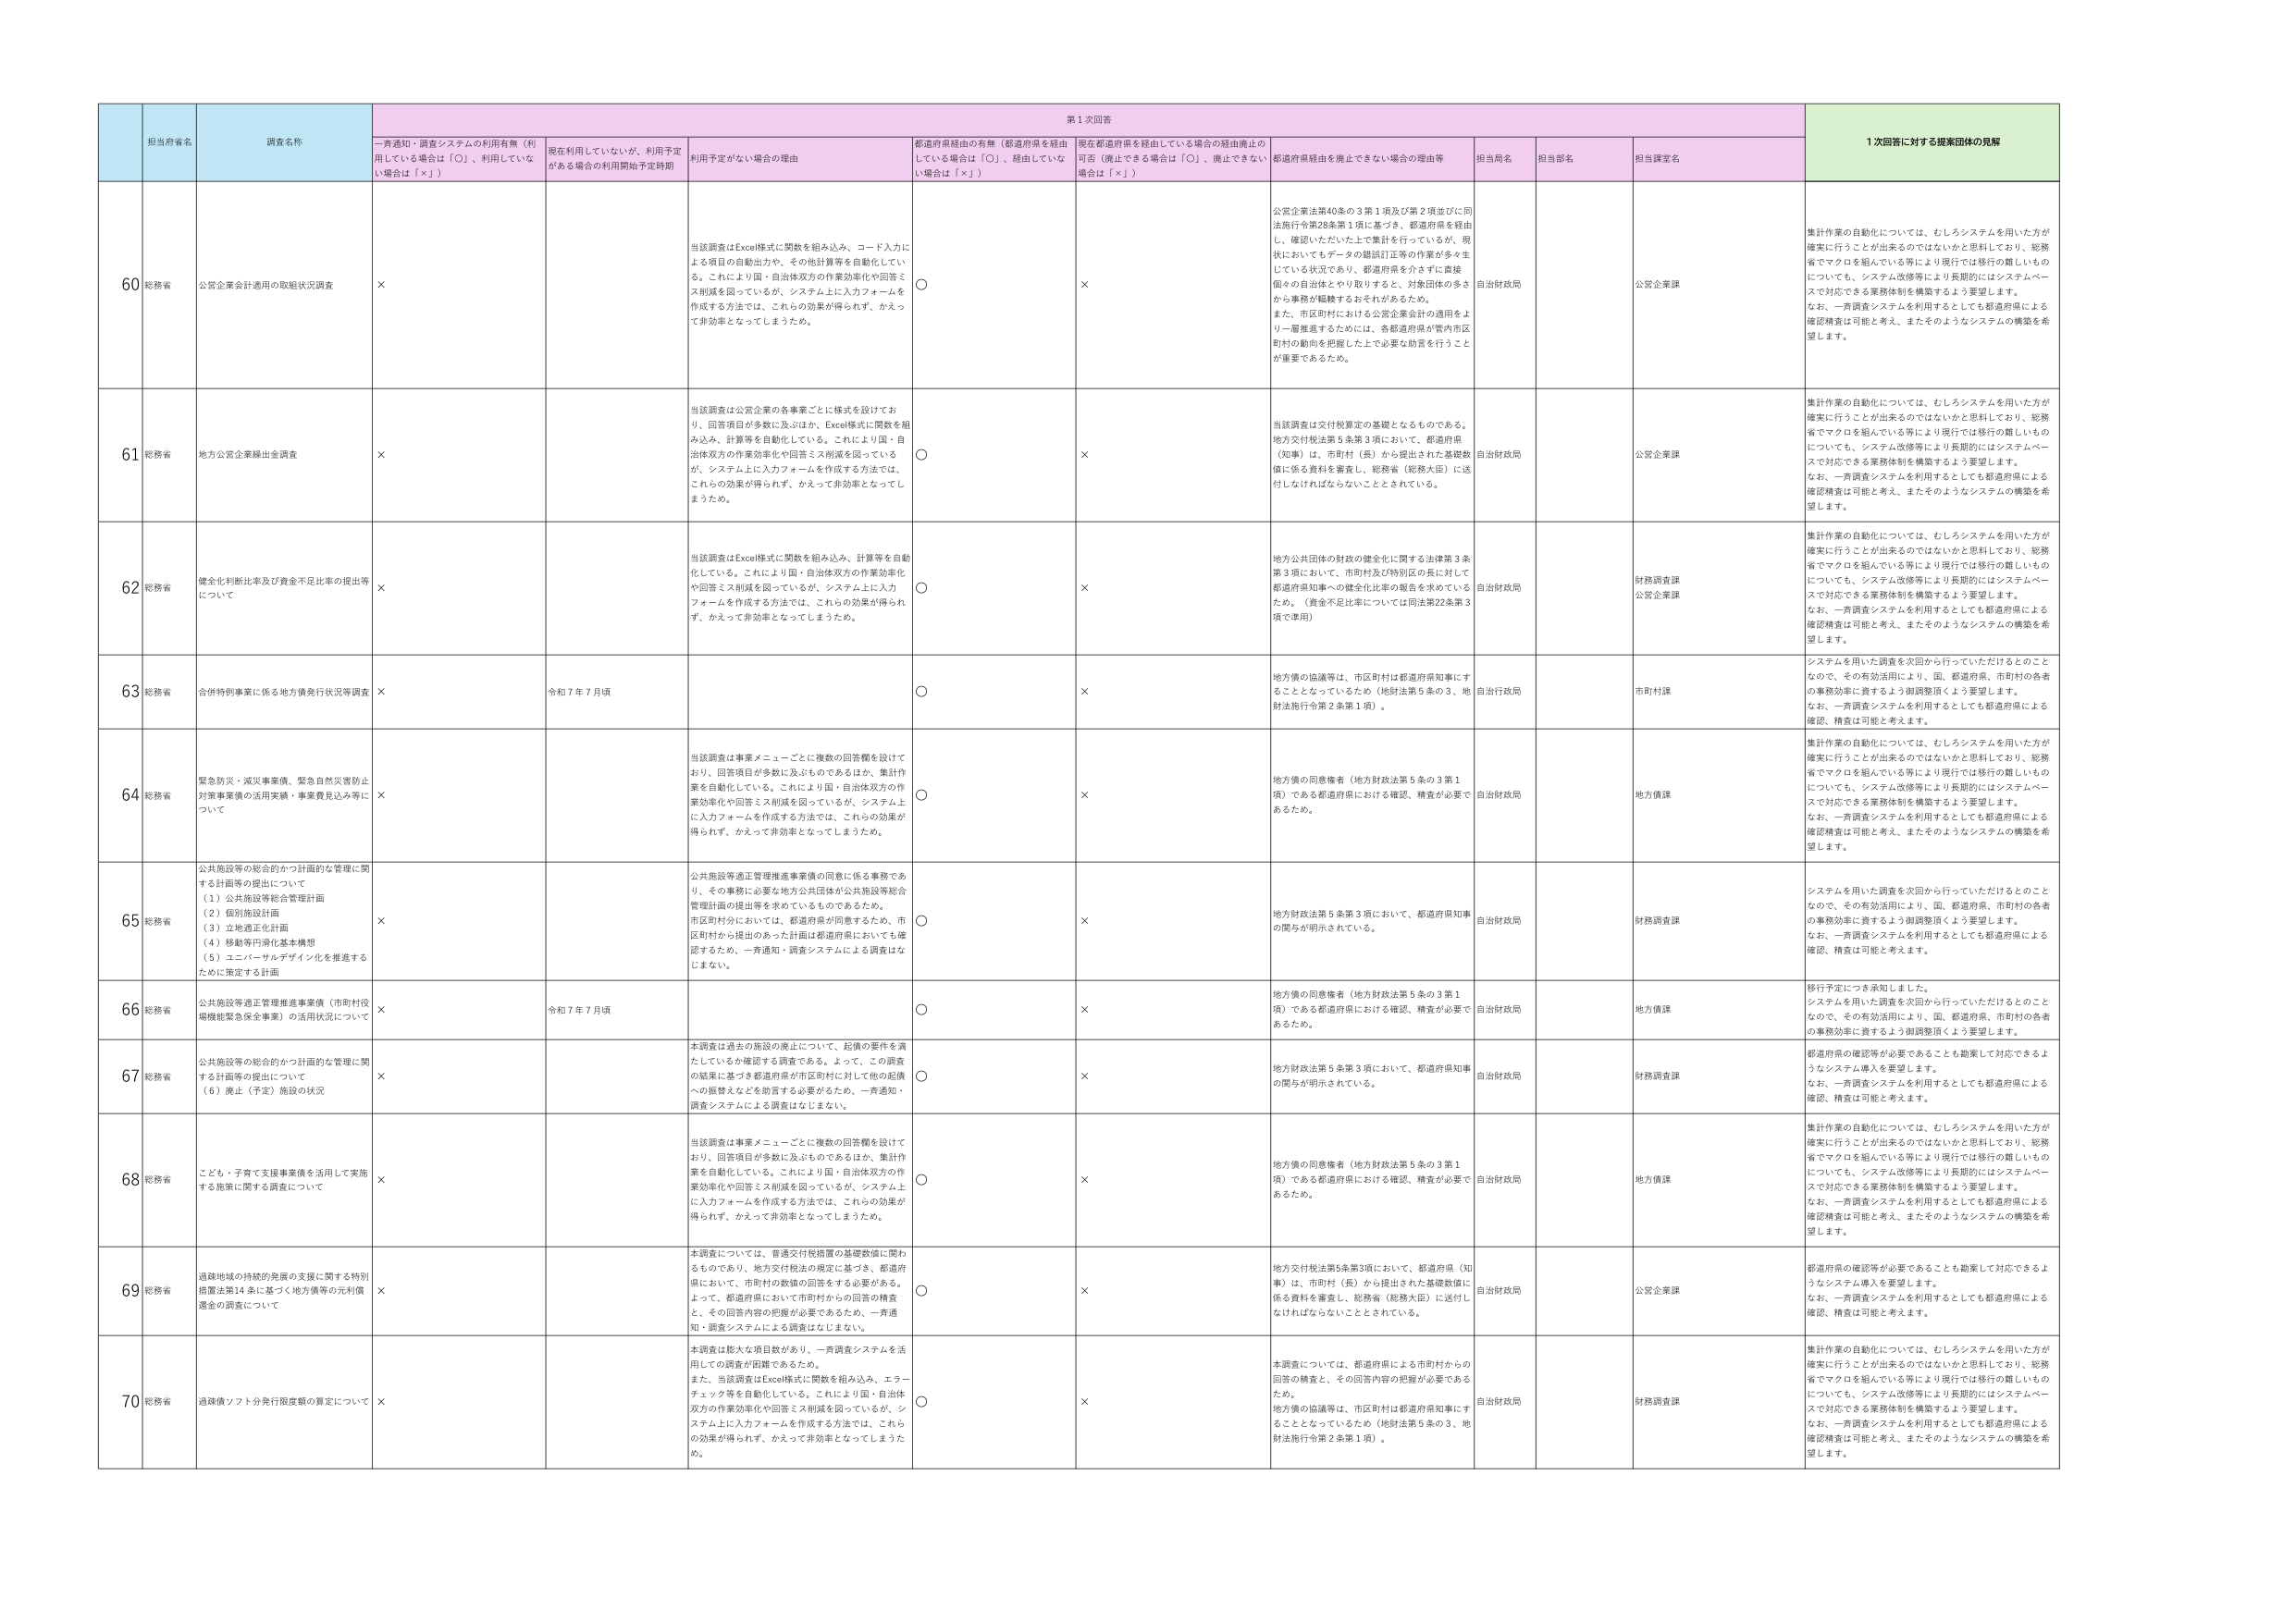
第1次回答
1次回答に対する提案団体の見解

担当府省名
調査名称
一斉通知・調査システムの利用有無（利用している場合は「〇」、利用していない場合は「×」）
現在利用していないが、利用予定がある場合の利用開始予定時期
利用予定がない場合の理由
都道府県経由の有無（都道府県を経由している場合は「〇」、経由していない場合は「×」）
現在都道府県を経由している場合の経由廃止の可否（廃止できる場合は「〇」、廃止できない場合は「×」）
都道府県経由を廃止できない場合の理由等
担当局名
担当部名
担当課室名

60
総務省
公営企業会計適用の取組状況調査
×
当該調査はExcel様式に関数を組み込み、コード入力による項目の自動出力や、その他計算等を自動化している。これにより国・自治体双方の作業効率化や回答ミス削減を図っているが、システム上に入力フォームを作成する方法では、これらの効果が得られず、かえって非効率となってしまうため。
〇
×
公営企業法第40条の3第1項及び第2項並びに同法施行令第28条第1項に基づき、都道府県を経由し、確認いただいた上で集計を行っているが、現状においてもデータの錯誤訂正等の作業が多々生じている状況であり、都道府県を介さずに直接個々の自治体とやり取りする、対象団体の多さから事務が軽減するおそれがあるため。また、市区町村における公営企業会計の適用をより一層推進するためには、各都道府県が管内市区町村の動向を把握した上で必要な助言を行うことが重要であるため。
自治財政局
公営企業課
集計作業の自動化については、むしろシステムを用いた方が確実に行うことが出来るのではないかと思料しており、総務省でマクロを組んでいる等により現行では移行の難しいものについても、システム改修等により長期的にはシステムベースで対応できる業務体制を構築するよう要望します。なお、一斉調査システムを利用するとしても都道府県による確認精査は可能と考え、またそのようなシステムの構築を希望します。

61
総務省
地方公営企業繰出金調査
×
当該調査は公営企業の各事業ごとに様式を設けており、回答項目が多数に及ぶほか、Excel様式に関数を組み込み、計算等を自動化している。これにより国・自治体双方の作業効率化や回答ミス削減を図っているが、システム上に入力フォームを作成する方法では、これらの効果が得られず、かえって非効率となってしまうため。
〇
×
当該調査は交付税算定の基礎となるものである。地方交付税法第5条第3項において、都道府県（知事）は、市町村（長）から提出された基礎数値に係る資料を審査し、総務省（総務大臣）に送付しなければならないこととされている。
自治財政局
公営企業課
集計作業の自動化については、むしろシステムを用いた方が確実に行うことが出来るのではないかと思料しており、総務省でマクロを組んでいる等により現行では移行の難しいものについても、システム改修等により長期的にはシステムベースで対応できる業務体制を構築するよう要望します。なお、一斉調査システムを利用するとしても都道府県による確認精査は可能と考え、またそのようなシステムの構築を希望します。

62
総務省
健全化判断比率及び資金不足比率の提出等について
×
当該調査はExcel様式に関数を組み込み、計算等を自動化している。これにより国・自治体双方の作業効率化や回答ミス削減を図っているが、システム上に入力フォームを作成する方法では、これらの効果が得られず、かえって非効率となってしまうため。
〇
×
地方公共団体の財政の健全化に関する法律第3条第3項において、市町村及び特別区の長に対して都道府県知事への健全化比率の報告を求めているため。（資金不足比率については同法第22条第3項で準用）
自治財政局
財務調査課
公営企業課
集計作業の自動化については、むしろシステムを用いた方が確実に行うことが出来るのではないかと思料しており、総務省でマクロを組んでいる等により現行では移行の難しいものについても、システム改修等により長期的にはシステムベースで対応できる業務体制を構築するよう要望します。なお、一斉調査システムを利用するとしても都道府県による確認精査は可能と考え、またそのようなシステムの構築を希望します。

63
総務省
合併特例事業に係る地方債発行状況等調査
×
令和7年7月頃
〇
×
地方債の協議等は、市区町村は都道府県知事にすることとなっているため（地財法第5条の3、地財法施行令第2条第1項）。
自治行政局
市町村課
システムを用いた調査を次回から行っていただけるとのことなので、その有効活用により、国、都道府県、市町村の各者の事務効率に資するよう御調整頂くよう要望します。なお、一斉調査システムを利用するとしても都道府県による確認、精査は可能と考えます。

64
総務省
緊急防災・減災事業債、緊急自然災害防止対策事業債の活用実績・事業費見込み等について
×
当該調査は事業メニューごとに複数の回答欄を設けており、回答項目が多数に及ぶものであるほか、集計作業を自動化している。これにより国・自治体双方の作業効率化や回答ミス削減を図っているが、システム上に入力フォームを作成する方法では、これらの効果が得られず、かえって非効率となってしまうため。
〇
×
地方債の同意権者（地方財政法第5条の3第1項）である都道府県における確認、精査が必要であるため。
自治財政局
地方債課
集計作業の自動化については、むしろシステムを用いた方が確実に行うことが出来るのではないかと思料しており、総務省でマクロを組んでいる等により現行では移行の難しいものについても、システム改修等により長期的にはシステムベースで対応できる業務体制を構築するよう要望します。なお、一斉調査システムを利用するとしても都道府県による確認精査は可能と考え、またそのようなシステムの構築を希望します。

65
総務省
公共施設等の総合的かつ計画的な管理に関する計画等の提出について
（1）公共施設等総合管理計画
（2）個別施設計画
（3）立地適正化計画
（4）移転等円滑化基本構想
（5）ユニバーサルデザイン化を推進するために策定する計画
×
公共施設等適正管理推進事業債の同意に係る事務であり、その事務に必要な地方公共団体が公共施設等総合管理計画の提出等を求めているものであるため。市区町村分においては、都道府県が同意するため、市区町村から提出のあった計画は都道府県においても確認するため、一斉通知・調査システムによる調査はなじまない。
〇
×
地方財政法第5条第3項において、都道府県知事の関与が明示されている。
自治財政局
財務調査課
システムを用いた調査を次回から行っていただけるとのことなので、その有効活用により、国、都道府県、市町村の各者の事務効率に資するよう御調整頂くよう要望します。なお、一斉調査システムを利用するとしても都道府県による確認、精査は可能と考えます。

66
総務省
公共施設等適正管理推進事業債（市町村役場機能緊急保全事業）の活用状況について
×
令和7年7月頃
〇
×
地方債の同意権者（地方財政法第5条の3第1項）である都道府県における確認、精査が必要であるため。
自治財政局
地方債課
移行予定につき承知しました。システムを用いた調査を次回から行っていただけるとのことなので、その有効活用により、国、都道府県、市町村の各者の事務効率に資するよう御調整頂くよう要望します。

67
総務省
公共施設等の総合的かつ計画的な管理に関する計画等の提出について
（6）廃止（予定）施設の状況
×
本調査は過去の施設の廃止について、起債の要件を満たしているか確認する調査である。よって、この調査の結果に基づき都道府県が市区町村に対して他の起債への権限を認める助言する必要があるため、一斉通知・調査システムによる調査はなじまない。
〇
×
地方財政法第5条第3項において、都道府県知事の関与が明示されている。
自治財政局
財務調査課
都道府県の確認等が必要であることも勘案して対応できるようなシステム導入を要望します。なお、一斉調査システムを利用するとしても都道府県による確認、精査は可能と考えます。

68
総務省
こども・子育て支援事業債を活用して実施する施策に関する調査について
×
当該調査は事業メニューごとに複数の回答欄を設けており、回答項目が多数に及ぶものであるほか、集計作業を自動化している。これにより国・自治体双方の作業効率化や回答ミス削減を図っているが、システム上に入力フォームを作成する方法では、これらの効果が得られず、かえって非効率となってしまうため。
〇
×
地方債の同意権者（地方財政法第5条の3第1項）である都道府県における確認、精査が必要であるため。
自治財政局
地方債課
集計作業の自動化については、むしろシステムを用いた方が確実に行うことが出来るのではないかと思料しており、総務省でマクロを組んでいる等により現行では移行の難しいものについても、システム改修等により長期的にはシステムベースで対応できる業務体制を構築するよう要望します。なお、一斉調査システムを利用するとしても都道府県による確認精査は可能と考え、またそのようなシステムの構築を希望します。

69
総務省
過疎地域の持続的発展の支援に関する特別措置法第14条に基づく地方債等の元利償還金の調査について
×
本調査については、普通交付税措置の基礎数値に関わるものであり、地方交付税法の規定に基づき、都道府県において、市町村の数値の回答をする必要がある。よって、都道府県において市町村からの回答の精査と、その回答内容の把握が必要であるため、一斉通知・調査システムによる調査はなじまない。
〇
×
地方交付税法第5条第3項において、都道府県（知事）は、市町村（長）から提出された基礎数値に係る資料を審査し、総務省（総務大臣）に送付しなければならないこととされている。
自治財政局
公営企業課
都道府県の確認等が必要であることも勘案して対応できるようなシステム導入を要望します。なお、一斉調査システムを利用するとしても都道府県による確認、精査は可能と考えます。

70
総務省
過疎債ソフト分発行限度額の算定について
×
本調査は膨大な項目数があり、一斉調査システムを活用しての調査が困難であるため。また、当該調査はExcel様式に関数を組み込み、エラーチェック等を自動化している。これにより国・自治体双方の作業効率化や回答ミス削減を図っているが、システム上に入力フォームを作成する方法では、これらの効果が得られず、かえって非効率となってしまうため。
〇
×
本調査については、都道府県による市町村からの回答の精査と、その回答内容の把握が必要であるため。地方債の協議等は、市区町村は都道府県知事にすることとなっているため（地財法第5条の3、地財法施行令第2条第1項）。
自治財政局
財務調査課
集計作業の自動化については、むしろシステムを用いた方が確実に行うことが出来るのではないかと思料しており、総務省でマクロを組んでいる等により現行では移行の難しいものについても、システム改修等により長期的にはシステムベースで対応できる業務体制を構築するよう要望します。なお、一斉調査システムを利用するとしても都道府県による確認精査は可能と考え、またそのようなシステムの構築を希望します。